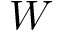
W